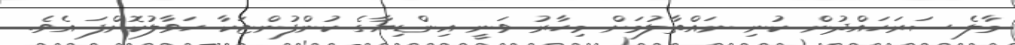
މާލެ ސަރަހައްދުން ކުނި ނައްތާލުމަށް މިހާރު ވަނީ އިންޑިޔާގެ ކުންފުންޏަކާ ހަވާލުކޮށްފަ އެވެ.